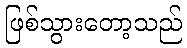
ဖြစ်သွားတော့သည်